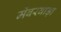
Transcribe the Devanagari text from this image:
मेंबरवाड़ा